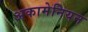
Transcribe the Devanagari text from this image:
अकामेनियन